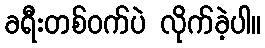
ခရီးတစ်ဝက်ပဲ လိုက်ခဲ့ပါ။